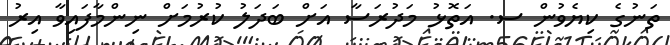
ތަނުގެ ކިޔެވުން ސ. އަތޮޅު މަދުރަސާ އަށް ބަދަލު ކުރުމަށް ނިންމާފައިވާ އިރު